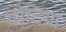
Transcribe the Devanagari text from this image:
छोटिया